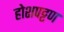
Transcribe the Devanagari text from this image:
होशपट्टण